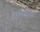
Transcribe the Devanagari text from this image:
दर्शकोंतक